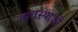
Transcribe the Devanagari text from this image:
व्यवस्थाआें